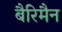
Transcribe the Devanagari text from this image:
बैरिमैन